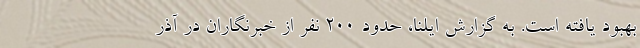
بهبود یافته است. به گزارش ایلنا، حدود ۲۰۰ نفر از خبرنگاران در آذر